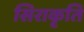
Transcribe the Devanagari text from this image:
सिराकृति